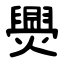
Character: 爂